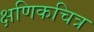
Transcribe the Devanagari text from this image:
क्षणिकचित्र